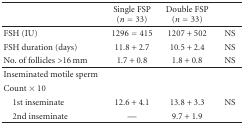
|  | Single FSP (n = 33) | Double FSP (n = 33) |  |
 | --- | --- | --- | --- |
 | FSH (IU) | 1296 = 415 | 1207 + 502 | NS |
 | FSH duration (days) | 11.8 + 2.7 | 10.5 + 2.4 | NS |
 | No. of follicles >16 mm | 1.7 + 0.8 | 1.8 + 0.8 | NS |
 | Inseminated motile sperm |  |  |  |
 | Count × 10 |  |  |  |
 | 1st inseminate | 12.6 + 4.1 | 13.8 + 3.3 | NS |
 | 2nd inseminate | — | 9.7 + 1.9 |  |